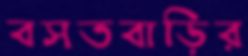
বসতবাড়ির